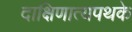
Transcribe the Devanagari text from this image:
दाक्षिणात्यपथके